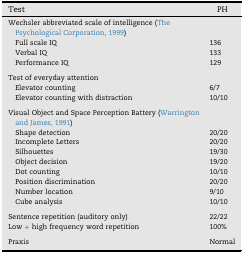
| Test | PH |
 | --- | --- |
 | Wechsler abbreviated scale of intelligence (The Psychological Corporation, 1999) |  |
 | Full scale IQ | 136 |
 | Verbal IQ | 133 |
 | Performance IQ | 129 |
 | <COLSPAN=2>  |
 | Test of everyday attention |  |
 | Elevator counting | 6/7 |
 | Elevator counting with distraction | 10/10 |
 | <COLSPAN=2>  |
 | Visual Object and Space Perception Battery (Warrington and James, 1991) |  |
 | Shape detection | 20/20 |
 | Incomplete Letters | 20/20 |
 | Silhouettes | 19/30 |
 | Object decision | 19/20 |
 | Dot counting | 10/10 |
 | Position discrimination | 20/20 |
 | Number location | 9/10 |
 | Cube analysis | 10/10 |
 | <COLSPAN=2>  |
 | Sentence repetition (auditory only) | 22/22 |
 | Low + high frequency word repetition | 100% |
 | <COLSPAN=2>  |
 | Praxis | Normal |